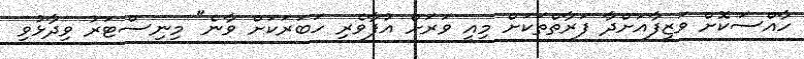
ހާއްސަކޮށް ވަޒީފާއަށްދާ ފަރާތްތަކަށް މިއީ ވަރަށް އުފާވެރި ހަބަރަކަށް ވާނެ" މިނިސްޓަރު ވިދާޅުވި